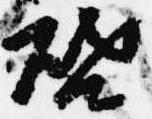
啓